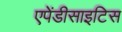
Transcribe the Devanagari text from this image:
एपेंडीसाइटिस